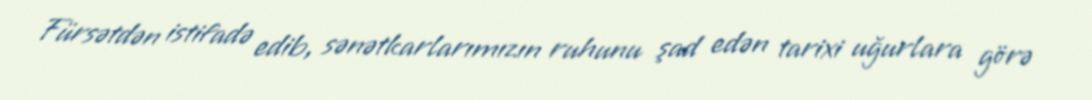
Fürsətdən istifadə edib, sənətkarlarımızın ruhunu şad edən tarixi uğurlara görə